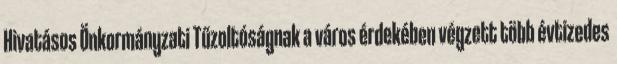
Hivatásos Önkormányzati Tűzoltóságnak a város érdekében végzett több évtizedes